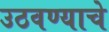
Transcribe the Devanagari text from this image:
उठवण्याचे